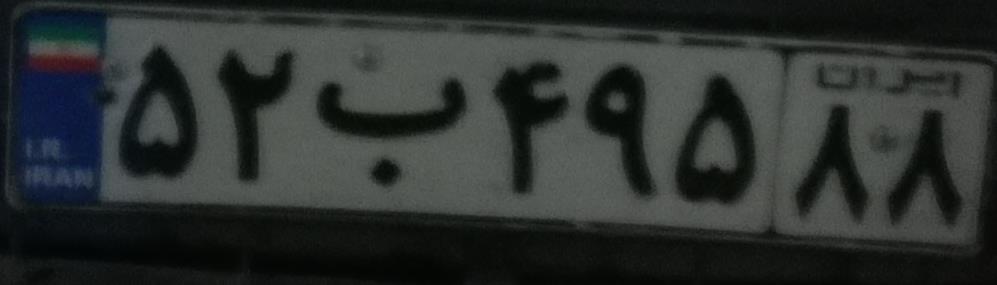
۵۲ب۴۹۵۸۸